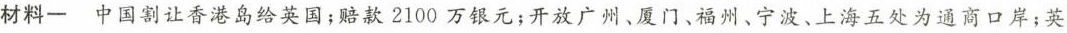
材料一 中国割让香港岛给英国；赔款2100万银元；开放广州、厦门、福州、宁波、上海五处为通商口岸；英